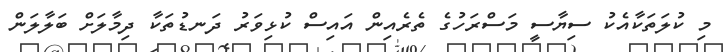
މި ކުލަތަކާއެކު ސިޔާސީ މަސްރަހުގެ ތެރެއިން އައިސް ކުޅިވަރު ދަނޑުތަކާ ދިމާލަށް ބަލާލަން